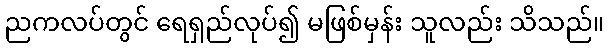
ညကလပ်တွင် ရေရှည်လုပ်၍ မဖြစ်မှန်း သူလည်း သိသည်။